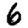
Digit: 6